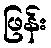
ဖြန်း